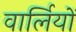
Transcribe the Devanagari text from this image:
वार्लियों